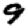
Digit: 9